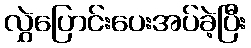
လွှဲပြောင်းပေးအပ်ခဲ့ပြီး